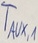
Text: TAUX,1